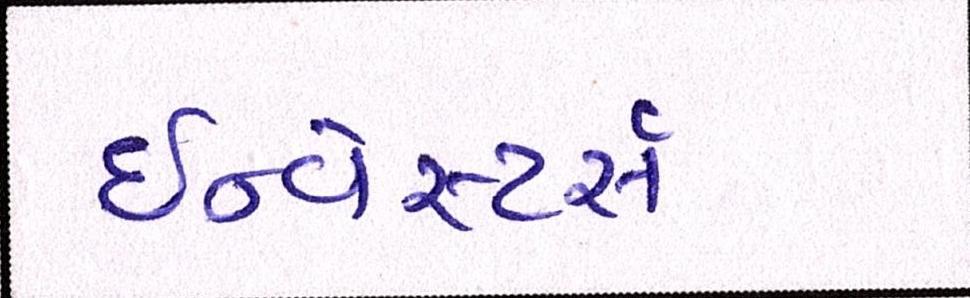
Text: ઇન્વેસ્ટર્સ